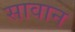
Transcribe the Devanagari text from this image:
सावान